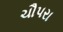
ચૌપરા